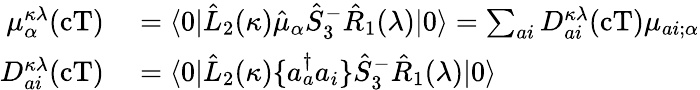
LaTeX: \begin{array}{rl}{\mu_{\alpha}^{\kappa\lambda}(\mathrm{cT})}&{{}=\langle 0|\hat{L}_{2}(\kappa)\hat{\mu}_{\alpha}\hat{S}_{3}^{-}\hat{R}_{1}(\lambda)|0\rangle=\sum_{ai}D_{ai}^{\kappa\lambda}(\mathrm{cT})\mu_{ai;\alpha}}\\ {D_{ai}^{\kappa\lambda}(\mathrm{cT})}&{{}=\langle 0|\hat{L}_{2}(\kappa)\{ a_{a}^{\dagger}a_{i}\} \hat{S}_{3}^{-}\hat{R}_{1}(\lambda)|0\rangle}\end{array}